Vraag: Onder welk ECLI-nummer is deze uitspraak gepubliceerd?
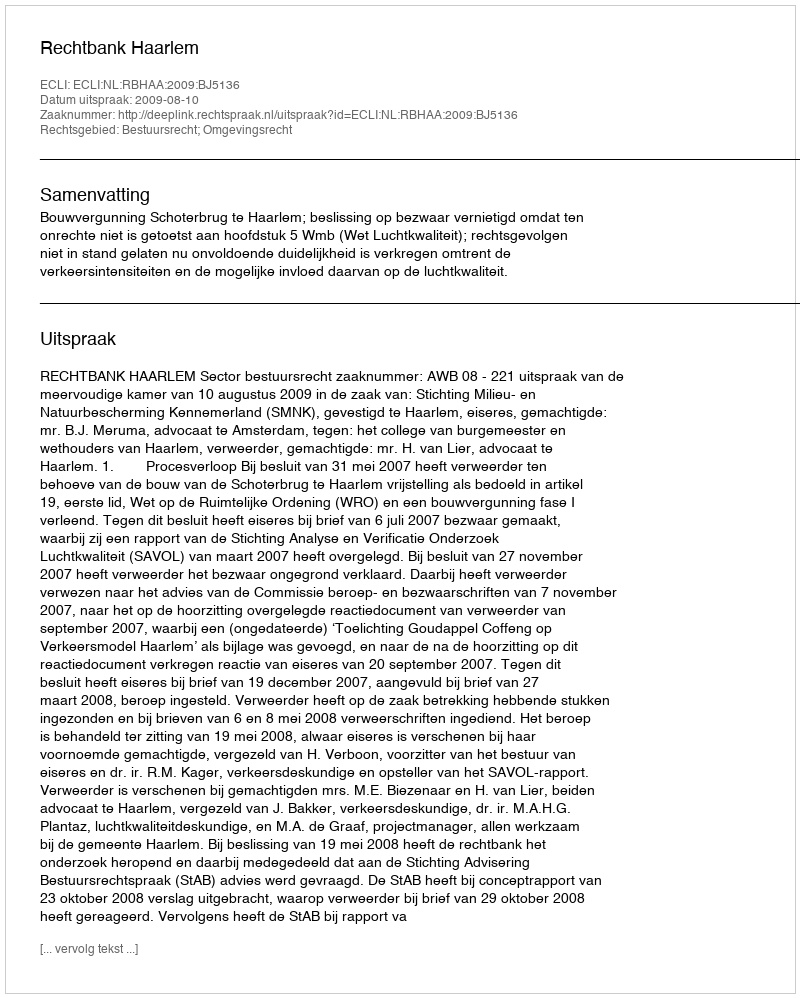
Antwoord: ECLI:NL:RBHAA:2009:BJ5136